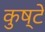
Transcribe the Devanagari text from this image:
कुष्टे